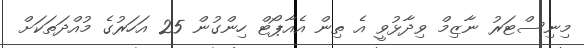
މިނިސްޓަރު ނާޒިމް ވިދާޅުވީ އެ ތިން އެއާޕޯޓް ހިންގުން 25 އަހަރުގެ މުއްދަތަކަށް